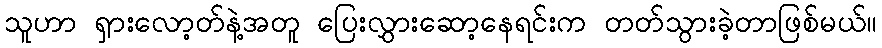
သူဟာ ရှားလော့တ်နဲ့အတူ ပြေးလွှားဆော့နေရင်းက တတ်သွားခဲ့တာဖြစ်မယ်။